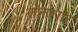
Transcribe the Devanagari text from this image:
लोनापार